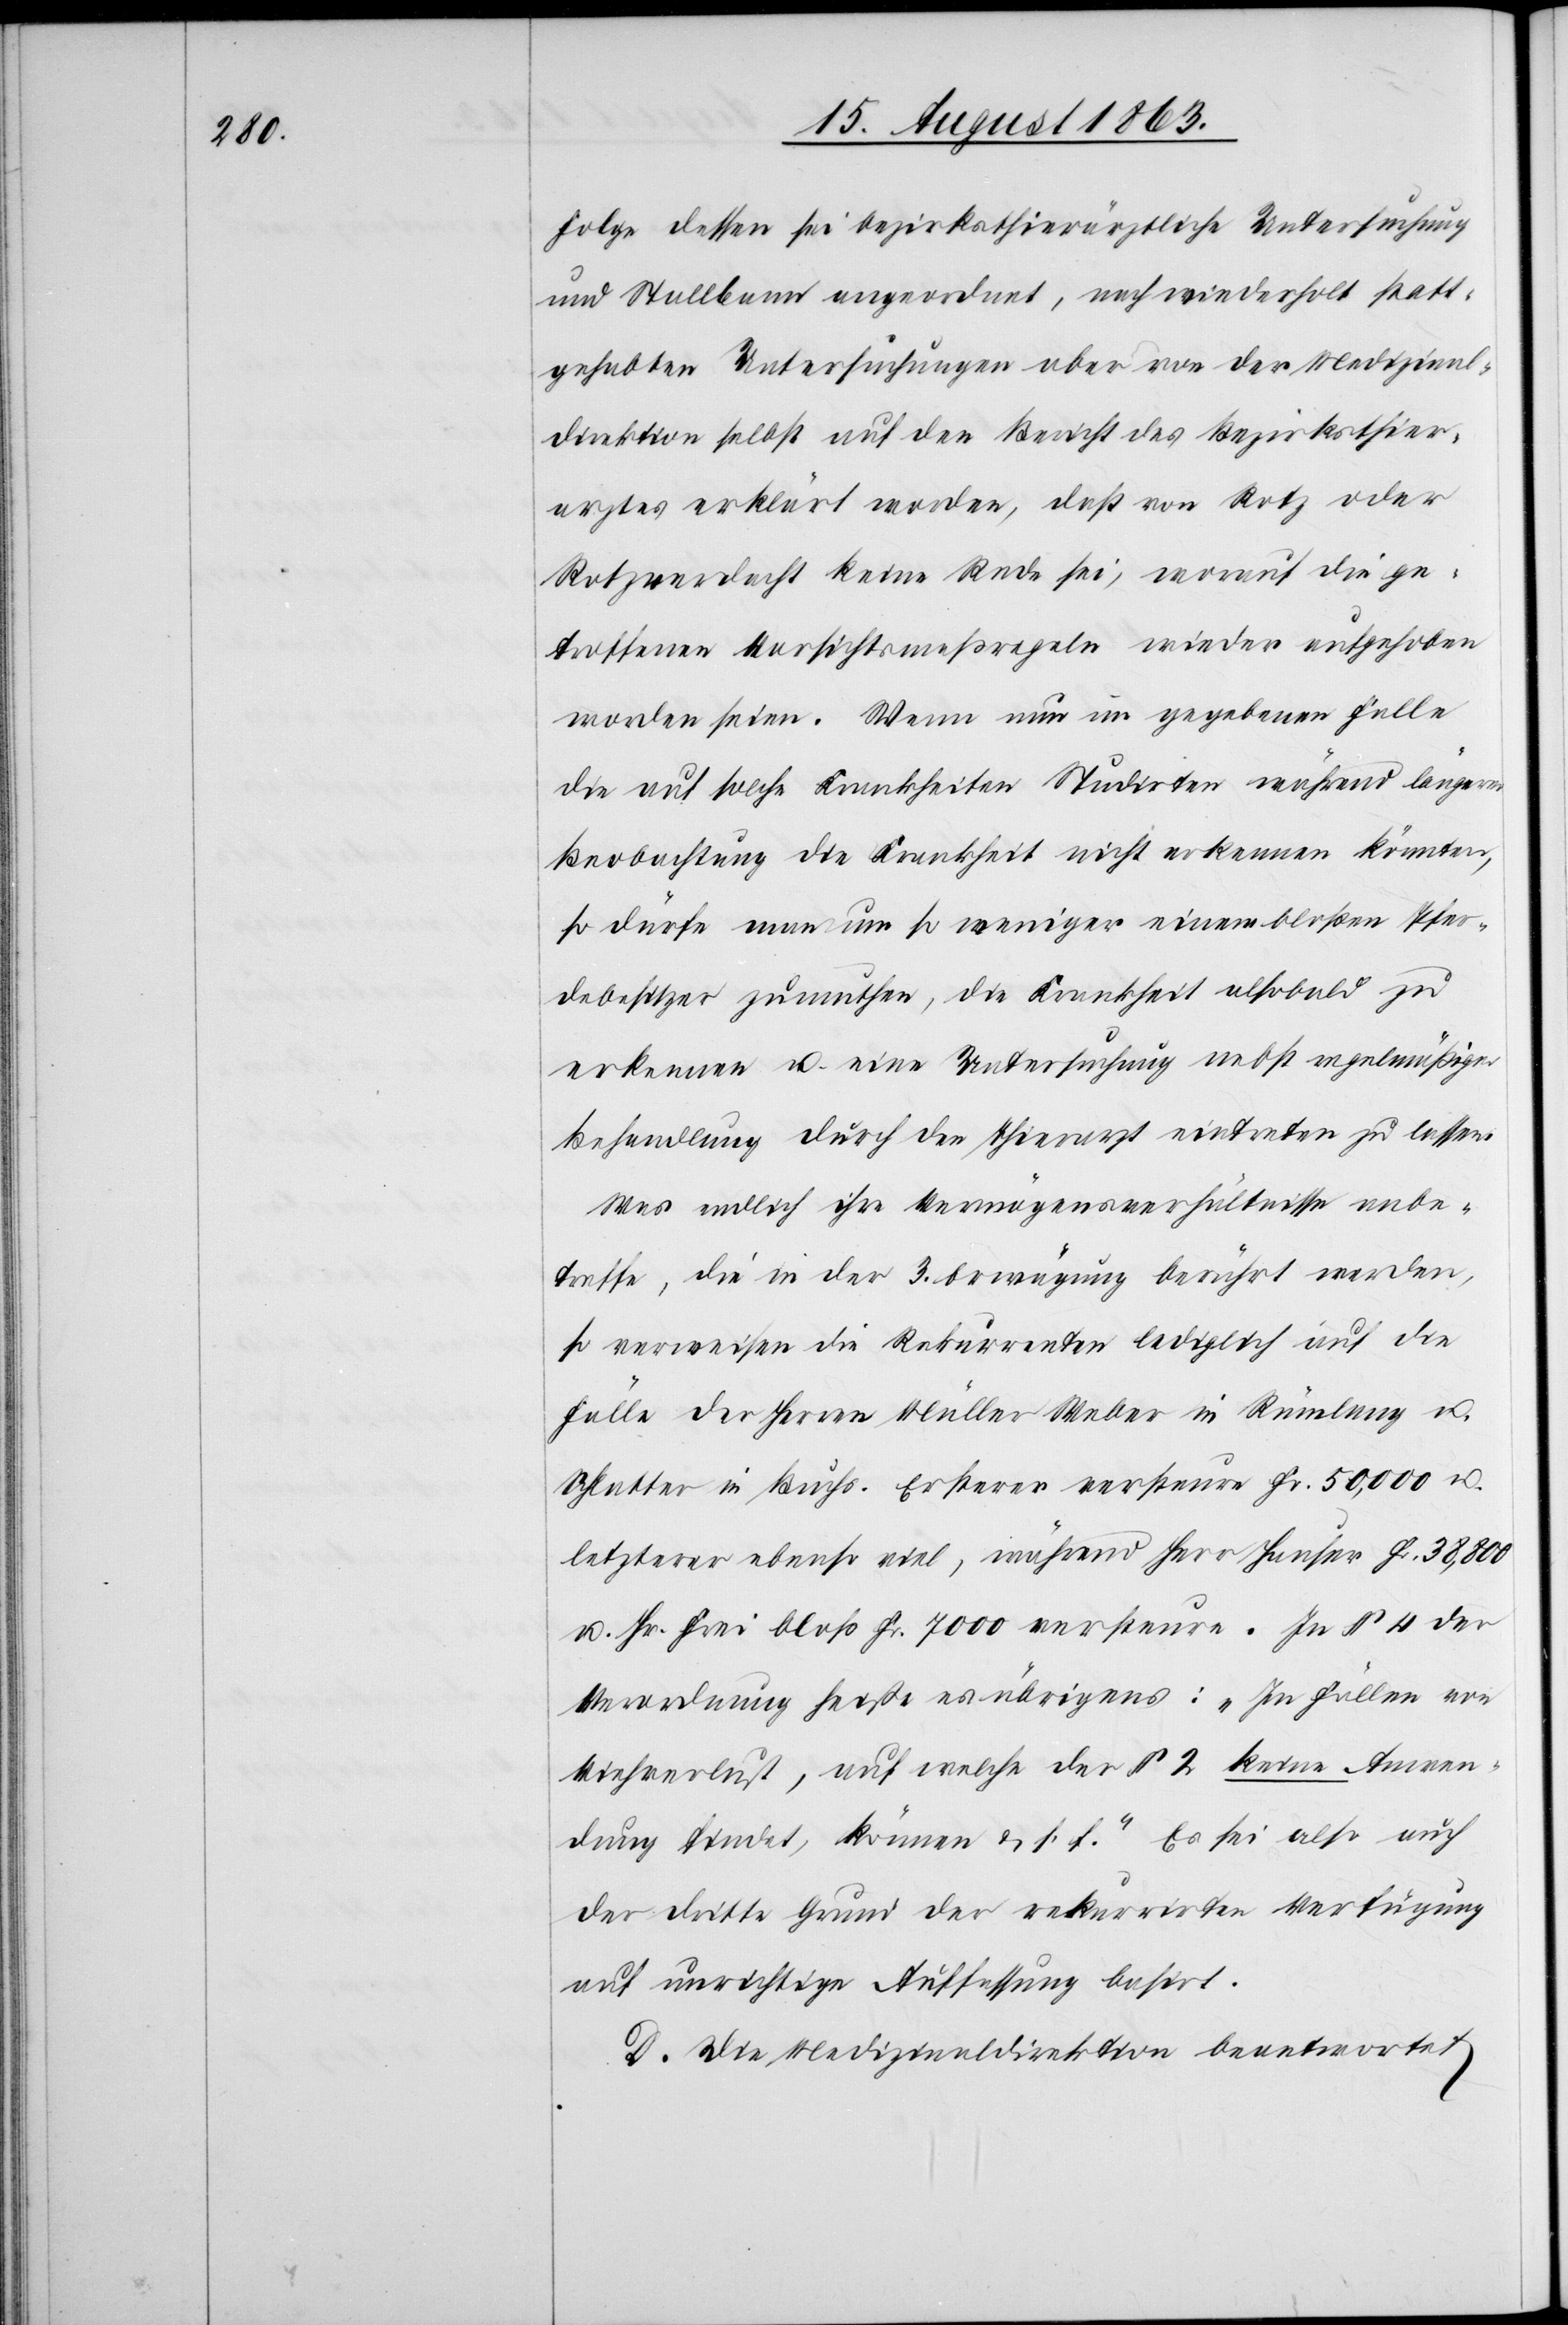
Folge dessen sei bezirksthierärztliche Untersuchung
und Stallbann angeordnet, nach wiederholt statt¬
gehabten Untersuchungen aber von der Medizinal¬
direktion selbst auf den Bericht des Bezirksthier¬
arztes erklärt worden, daß von Rotz oder
Rotzverdacht keine Rede sei, worauf die ge¬
troffenen Vorsichtsmaßregeln wieder aufgehoben
worden seien. Wenn nun im gegebenen Falle
die auf solche Krankheiten Studirten während längerer
Beobachtung die Krankheit nicht erkennen könnten,
so dürfe man um so weniger einem bloßen Pfer¬
debesitzer zumuthen, die Krankheit alsobald zu
erkennen u. eine Untersuchung nebst regelmäßiger
Behandlung durch den Thierarzt eintreten zu lassen.
Was endlich ihre Vermögensverhältnisse anbe¬
treffe, die in der 3. Erwägung berührt werden,
so verweisen die Rekurrenten lediglich auf die
Fälle der Herren Müller Weber in Rümlang u.
Schlatter in Buchs. Ersterer versteure Fr. 50,000 u.
letzterer ebenso viel, während Herr Hauser Fr. 38,800
u. Hr. Frei bloß Fr. 7000 versteure. In § 4 der
Verordnung heiße es übrigens: „In Fällen von
Viehverlust, auf welche der § 2 keine Anwen¬
dung findet, können & s. f.“ Es sei also auch
der dritte Grund der rekurrirten Verfügung
auf unrichtige Auffassung basirt.
D. Die Medizinaldirektion beantwortet